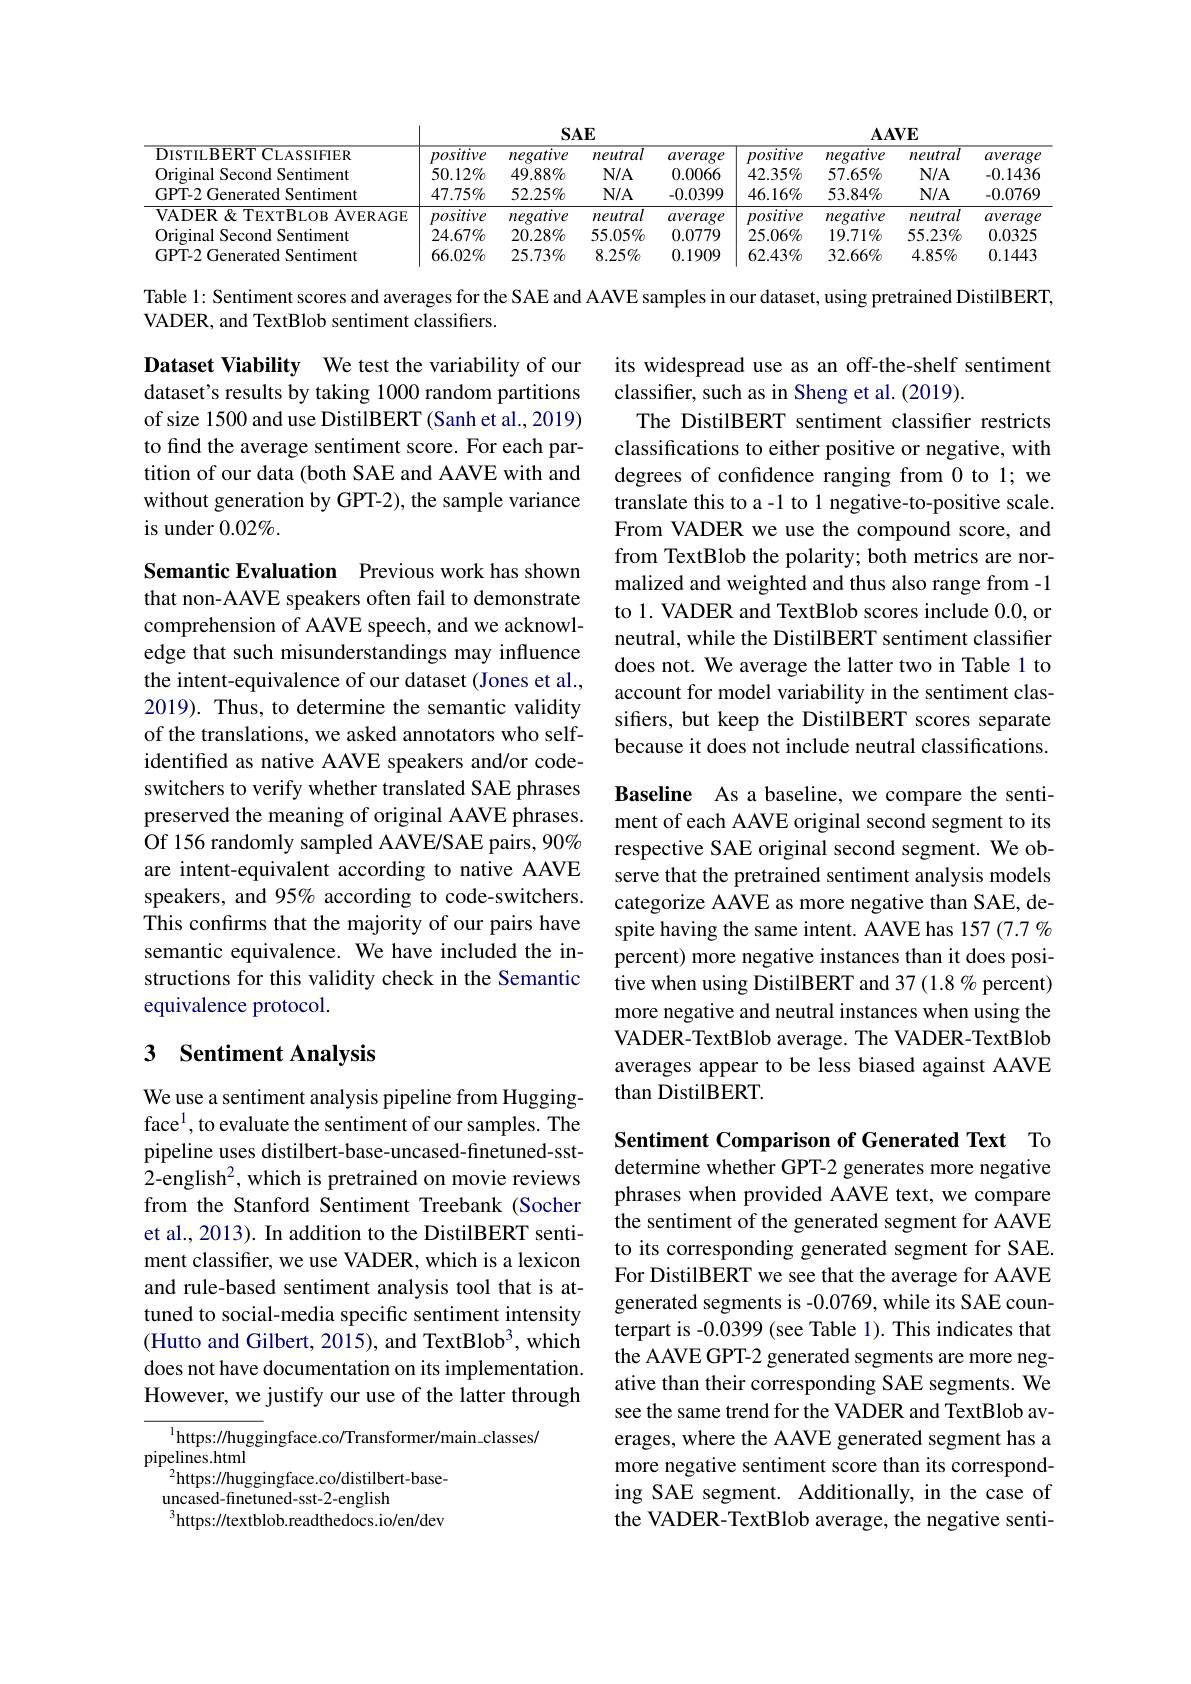
<table>
	<tbody>
		<tr>
			<th>DISTILBERTCLASSIFIER</th>
			<th>positive</th>
			<th>negative</th>
			<th>neutral</th>
			<th>average</th>
			<th>positive</th>
			<th>negative</th>
			<th>neutral</th>
			<th>average</th>
		</tr>
		<tr>
			<td>VADER & TEXTBLOB AVERAGE</td>
			<td>positive</td>
			<td>negative</td>
			<td>neutral</td>
			<td>average</td>
			<td>positive</td>
			<td>negative</td>
			<td>neutral</td>
			<td>averaee</td>
		</tr>
		<tr>
			<td>Original Second Sentiment</td>
			<td>$24.67\%$</td>
			<td>$20.28\%$</td>
			<td>$55.05\%$</td>
			<td>0.0779</td>
			<td>$25.06\%$</td>
			<td>$19.71\%$</td>
			<td>$55.23\%$</td>
			<td>0.0325</td>
		</tr>
		<tr>
			<td>GPT-2 Generated Sentiment</td>
			<td>$66.02\%$</td>
			<td>$25.73\%$</td>
			<td>$8.25\%$</td>
			<td>0.1909</td>
			<td>$62.43\%$</td>
			<td>$32.66\%$</td>
			<td>$4.85\%$</td>
			<td>0.1443</td>
		</tr>
	</tbody>
</table>

Table 1: Sentiment scores and averages for the SAE and AAVE samples in our dataset, using pretrained DistilBERT,
VADER, and TextBlob sentiment classifiers.

Dataset Viability We test the variability of our dataset's results by taking 1000 random partitions of size 1500 and use DistilBERT (Sanh et al., 2019) to find the average sentiment score. For each partition of our data (both SAE and AAVE with and without generation by GPT-2), the sample variance is under $0.02\%.$

its widespread use as an off-the-shelf sentiment
classifier, such as in Sheng et al. (2019).
The DistilBERT sentiment classifier restricts classifications to either positive or negative, with degrees of confidence ranging from 0 to 1; we translate this to a-1 to 1 negative-to-positive scale. From VADER we use the compound score, and from TextBlob the polarity; both metrics are normalized and weighted and thus also range from -1 to 1. VADER and TextBlob scores include 0.0, or neutral, while the DistilBERT sentiment classifier does not. We average the latter two in Table 1 to account for model variability in the sentiment classifiers, but keep the DistilBERT scores separate because it does not include neutral classifications.

Semantic Evaluation Previous work has shown that non-AAVE speakers often fail to demonstrate comprehension of AAVE speech, and we acknowledge that such misunderstandings may influence the intent-equivalence of our dataset (Jones et al., 2019). Thus, to determine the semantic validity of the translations, we asked annotators who selfidentified as native AAVE speakers and/or codeswitchers to verify whether translated SAE phrases preserved the meaning of original AAVE phrases. Of 156 randomly sampled AAVE/SAE pairs, 90% are intent-equivalent according to native AAVE speakers, and 95% according to code-switchers. This confirms that the majority of our pairs have semantic equivalence. We have included the instructions for this validity check in the Semantic equivalence protocol.

Baseline As a baseline, we compare the sentiment of each AAVE original second segment to its respective SAE original second segment. We observe that the pretrained sentiment analysis models categorize AAVE as more negative than SAE, despite having the same intent. AAVE has 157 (7.7 % percent) more negative instances than it does positive when using DistilBERT and 37 (1.8% percent) more negative and neutral instances when using the VADER-TextBlob average. The VADER-TextBlob averages appear to be less biased against AAVE than DistilBERT.

# 3 Sentiment Analysis

We use a sentiment analysis pipeline from Huggingface$^1$,to evaluate the sentiment of our samples. The pipeline uses distilbert-base-uncased-finetuned-sst- 2-english$^2$,which is pretrained on movie reviews from the Stanford Sentiment Treebank (Socher et al., 2013). In addition to the DistilBERT sentiment classifier, we use VADER, which is a lexicon and rule-based sentiment analysis tool that is attuned to social-media specific sentiment intensity (Hutto and Gilbert, 2015), and TextBlob$^3$, which does not have documentation on its implementation. However, we justify our use of the latter through

Sentiment Comparison of Generated Text To determine whether GPT-2 generates more negative phrases when provided AAVE text, we compare the sentiment of the generated segment for AAVE to its corresponding generated segment for SAE. For DistilBERT we see that the average for AAVE generated segments is -0.0769, while its SAE counterpart is -0.0399 (see Table 1). This indicates that the AAVE GPT-2 generated segments are more negative than their corresponding SAE segments. We see the same trend for the VADER and TextBlob averages, where the AAVE generated segment has a more negative sentiment score than its corresponding SAE segment. Additionally, in the case of the VADER-TextBlob average, the negative senti-

$^{1}$https://huggingface.co/Transformer/main\_classes/
pipelines.html
$^{2}$https://huggingface.co/distilbert-base-
uncased-finetuned-sst-2-english
$^{3}$https://textblob.readthedocs.io/en/dev